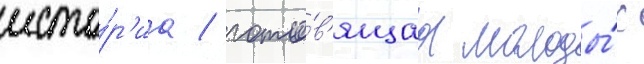
исто́р'иа / гото́в'ящаа молоды́х